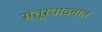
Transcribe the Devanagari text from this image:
संतूरवादनात